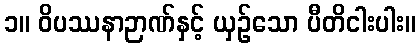
၁။ ဝိပဿနာဉာဏ်နှင့် ယှဉ်သော ပီတိငါးပါး။